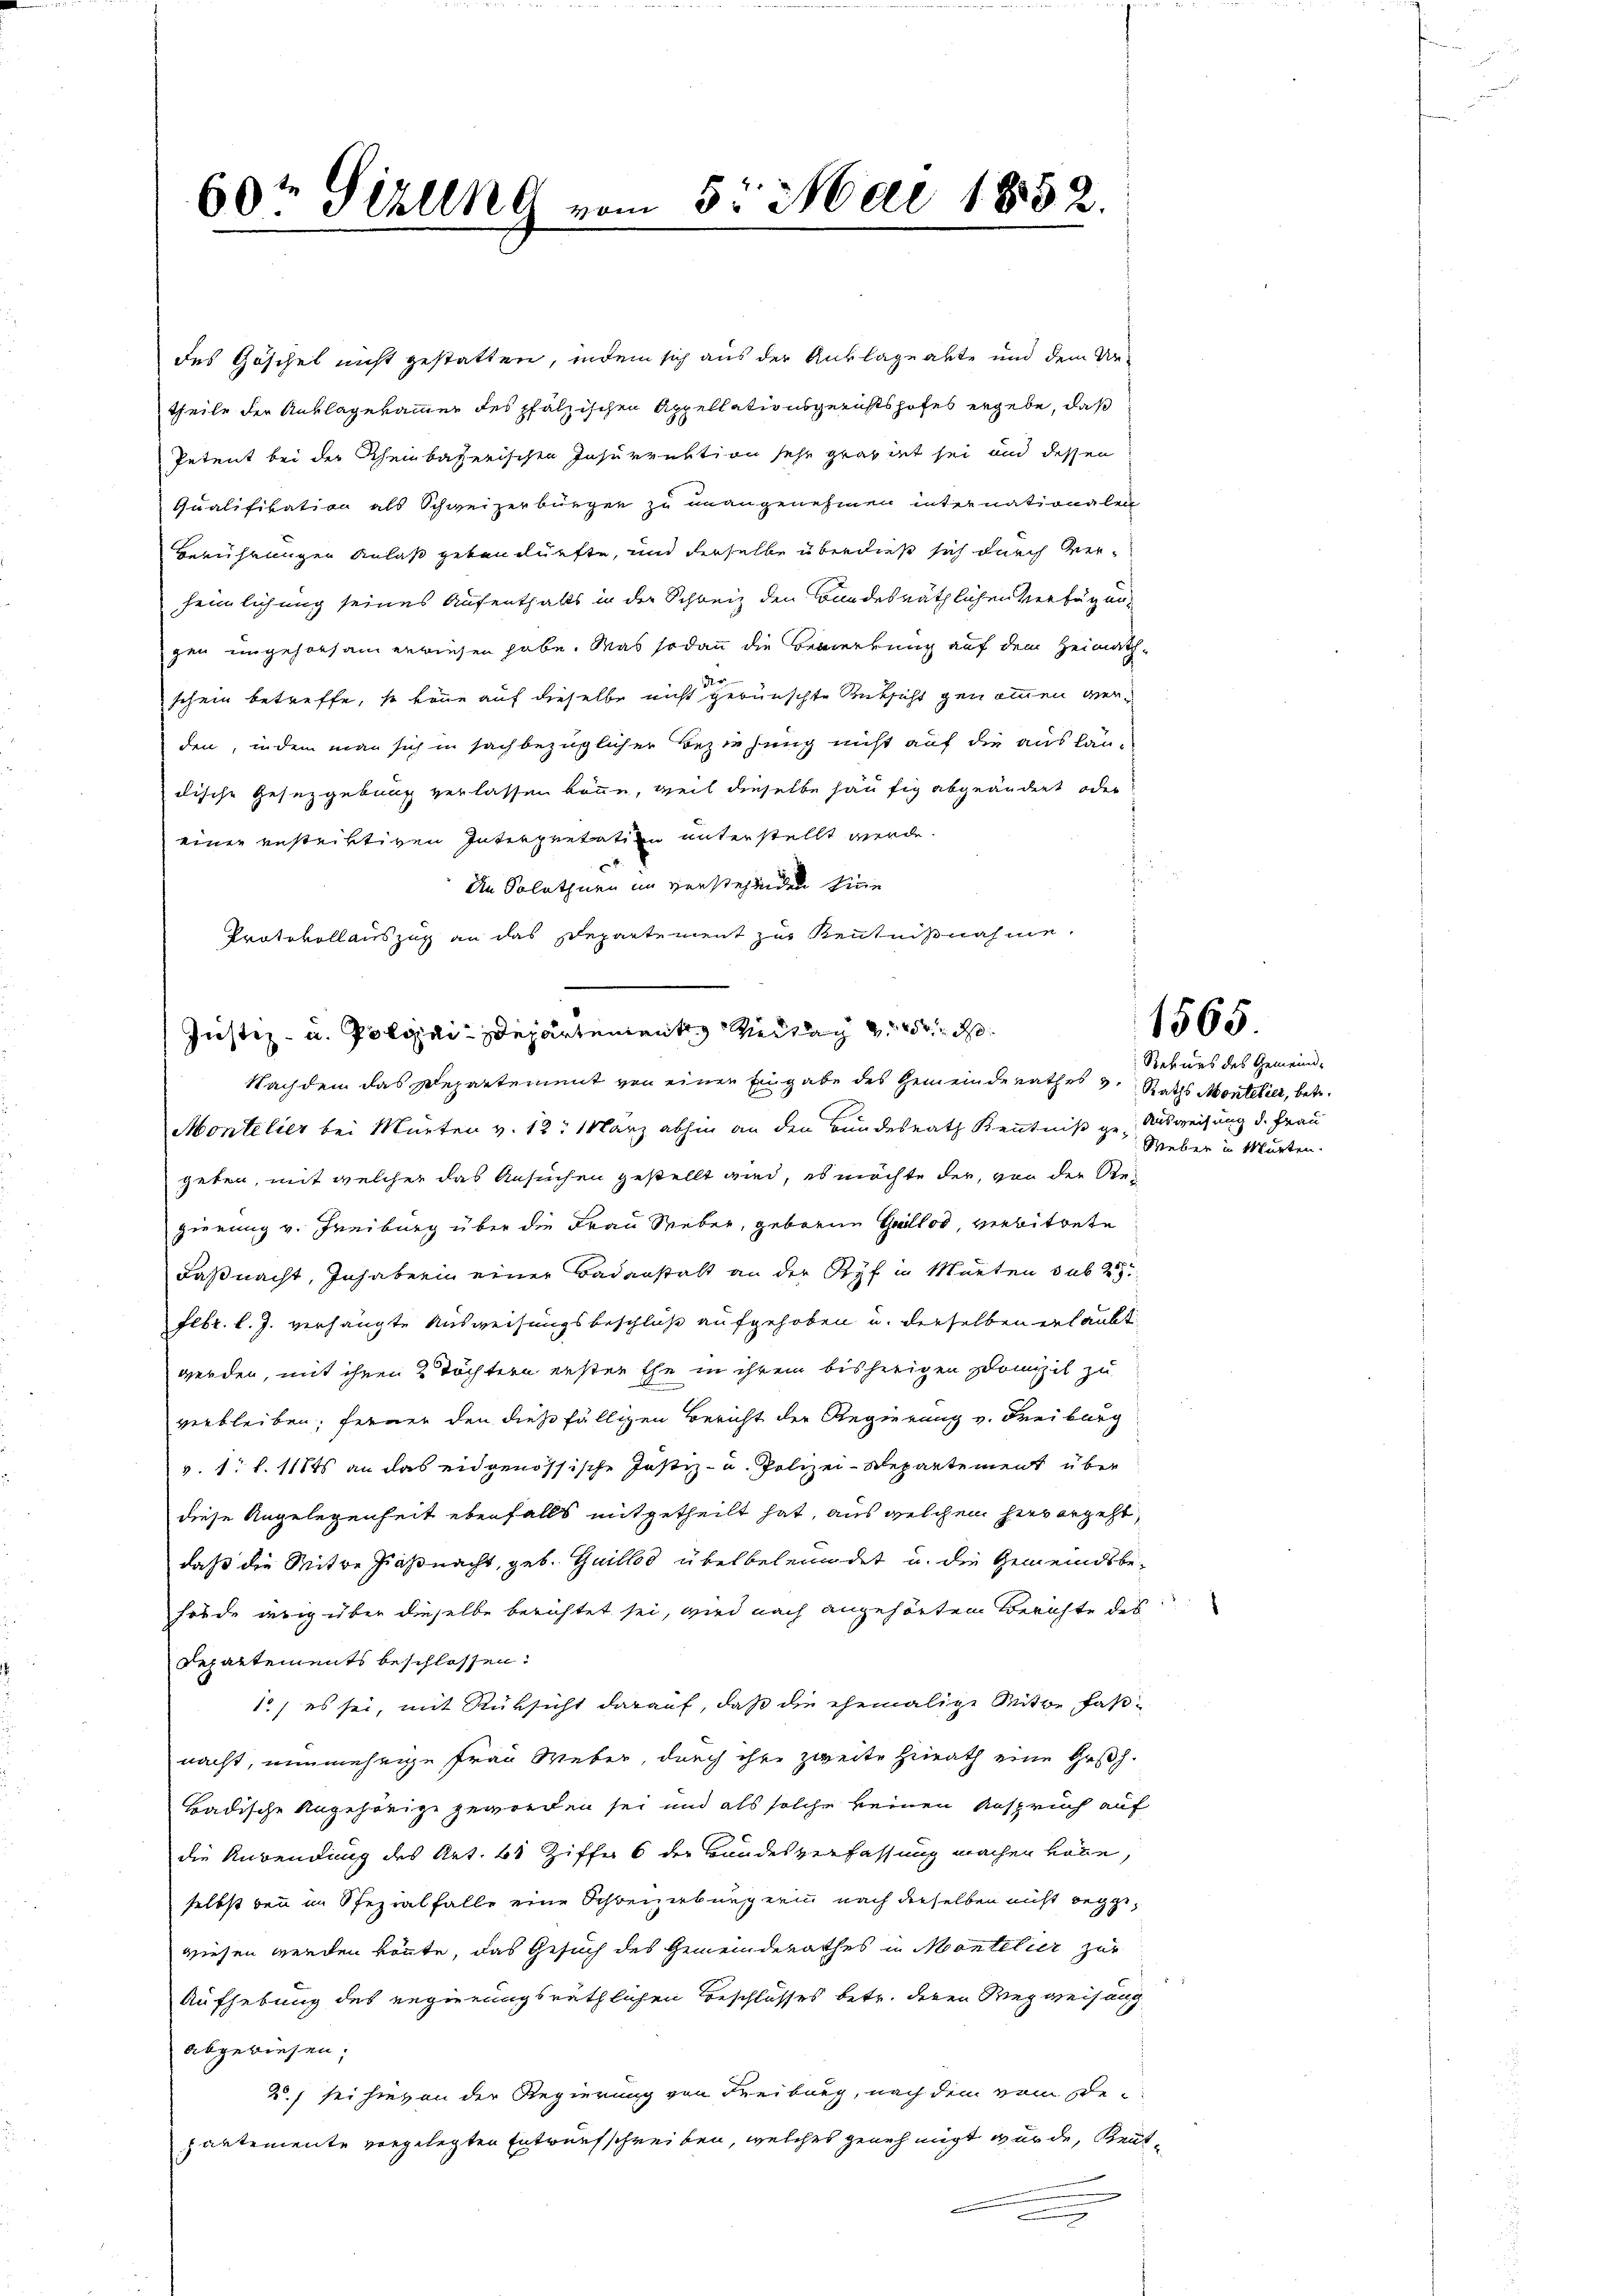
60te Sizung vom 5. Mai 1852.

Justiz- u. Polizei-Departement Weitag von d
Nachdem das Departement von einen Eingabe des Gemeinde Rathes v. Raths Montelier, betr.

des Göschel nicht gestatten, indem sich aus der Auslageabte und dem Un-
theile der Anklagekammer des pfälzischen Appellationsgerichtshofes ergebe, daß
Petent bei der Rheinbaterischen Insurruktion sehr gravirt sei und dessen
Qualifikation als Schweizerbürger zu unangenehmen internationalen
Berührungen Anlaß getanlürfte, und derselbe überdieß sich durch verheimlichung seines Aufenthalts in der Schweiz den Bundesräthlichen Verfügungen ungehorsam erwiesen habe. Was sodann die Bemerkung auf dem Heimath-
schein betreffe, so könne auf dieselbe nicht gewünschte Rüksicht genommen verden, indem man sich in sachbezüglicher Beziehung nicht auf die ausläudische Gesetzgebung verlassen könne, weil dieselbe häufig abgeändert oder
einer gestriktiven Interpretation unterstellt werde.
An Solothurn im verstehenden hine
Protokollauszug an das Departement zur Kenntnißnahme.

Montelier bei Mürten v. 12. März abhin an den Bundesrath Kenntniß ge-Ausweisung d. Frau
geben, mit welcher das Ansuchen gestellt wird, es möchte der, von der Regierung v. Freiburg über die Frau Seeber, geborne Heillos, verbitrete
Faßnacht, Inhaberin einer Badanstalt an der Ryf in Murten sub 2
Febr. l. J. verhängte Ausweisungsbeschluß aufgehoben u. derselben erlaubt
werden, mit ihren 2 Töchtern ersten Ehe in ihrem bisherigen Domizil zu
verbleiben; ferner den diese fälligen Bericht der Regierung v. Freiburg
v. 1. l. 118 an das eidgenössische Justiz- u. Polizei-Repartement über
diese Angelegenheit ebenfalls mitgetheilt hat, aus welchem hier ergeht,
daß die Mitte Ziaßnacht, geb. Guillod übel beleumdet u. die Gemeindsbehörde drig über dieselbe berichtet sei, wird nach angehörtem Berichte des
Departements beschlossen:
1) es sei, mit Rüksicht darauf, daß die ehemalige Mitte faßnacht, nunmehrige Frau Weber, durch ihre zweite Heirath eine Gesch.
Badische Angehörige geworden sei und als solche keinen Anspruch auf
die Anwendung des Art. 61 Ziffer 6 der Bundesverfassung machen wolle,
selbst bei im Spezialfalle eine Schreizerbürgerin nach derselben nicht begewiesen werden könnte, das Gesuch des Gemeinderathes in Mantelier zur
Aufhebung des Regierungsräthlichen Beschlosses betr. deren Wegweisung
abgewiesen.
2) sei hievon der Regierung von Freiburg, nach dem vom Bepartemente vorgelegten Entwurfschreiben, welches genehmigt wurde, Rent¬

1565

Rekurs des Gemeind¬
Sieber in Murten.